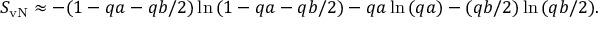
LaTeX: S _ { \mathrm { v N } } \approx - ( 1 - q a - q b / 2 ) \ln { ( 1 - q a - q b / 2 ) } - q a \ln { ( q a ) } - ( q b / 2 ) \ln { ( q b / 2 ) } .